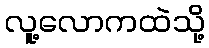
လူ့လောကထဲသို့